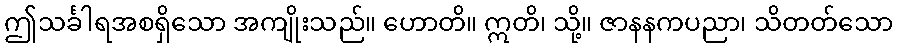
ဤသင်္ခါရအစရှိသော အကျိုးသည်။ ဟောတိ။ ဣတိ၊ သို့။ ဇာနနကပညာ၊ သိတတ်သော